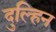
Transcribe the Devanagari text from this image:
दुल्हिन